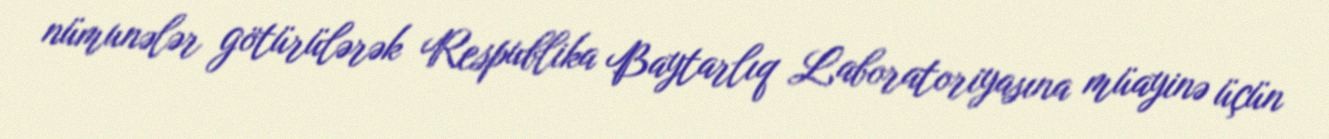
nümunələr götürülərək Respublika Baytarlıq Laboratoriyasına müayinə üçün